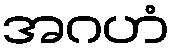
အဂဟံ